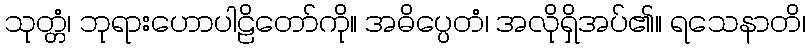
သုတ္တံ၊ ဘုရားဟောပါဠိတော်ကို။ အဓိပ္ပေတံ၊ အလိုရှိအပ်၏။ ရသေနာတိ၊